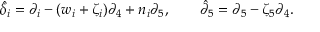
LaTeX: \hat { { \delta } } _ { i } = \partial _ { i } - ( w _ { i } + \zeta _ { i } ) \partial _ { 4 } + n _ { i } \partial _ { 5 } , \qquad \hat { { \partial } } _ { 5 } = \partial _ { 5 } - \zeta _ { 5 } \partial _ { 4 } .